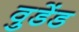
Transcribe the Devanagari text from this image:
वुडेंड